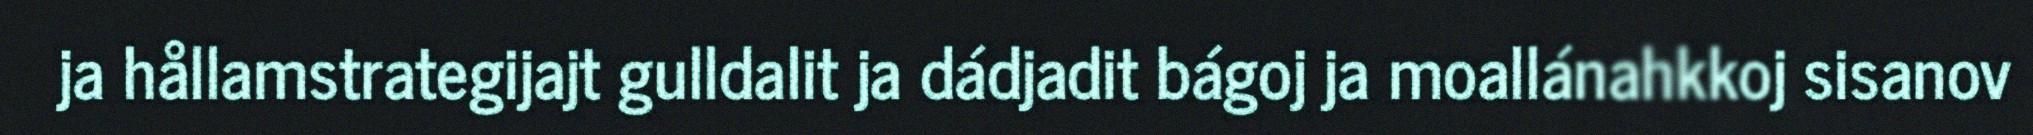
ja hållamstrategijajt gulldalit ja dádjadit bágoj ja moallánahkkoj sisanov